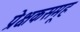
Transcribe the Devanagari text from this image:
प्रेक्षकसमूह